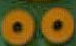
00